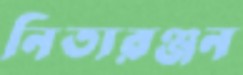
নিত্যরঞ্জন